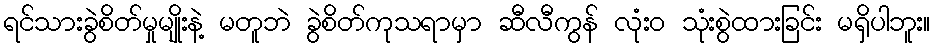
ရင်သားခွဲစိတ်မှုမျိုးနဲ့ မတူဘဲ ခွဲစိတ်ကုသရာမှာ ဆီလီကွန် လုံးဝ သုံးစွဲထားခြင်း မရှိပါဘူး။